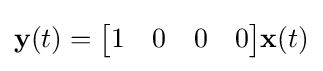
{\textbf {y}}(t)={\begin{bmatrix}1&0&0&0\end{bmatrix}}{\textbf {x}}(t)